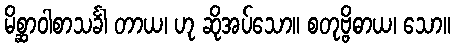
မိစ္ဆာဝါစာသင်္ခါ တာယ၊ ဟု ဆိုအပ်သော။ စတုဗ္ဗိဓာယ၊ သော။